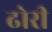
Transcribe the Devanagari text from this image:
ढोरी